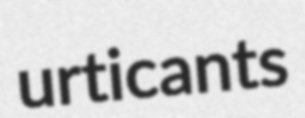
urticants